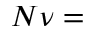
N \nu =